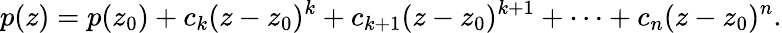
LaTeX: p(z)=p(z_{0})+c_{k}(z-z_{0})^{k}+c_{k+1}(z-z_{0})^{k+1}+\cdots+c_{n}(z-z_{0})^{n}.